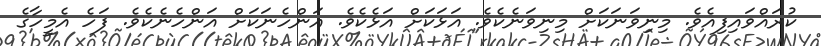
ކުރައްވައިފިއެވެ. މިނިވަނަކަށް މިނިވަނެކެވެ. އަޅަކަށް އަޅެކެވެ. އަންހެނަކަށް އަންހެނެކެވެ. ފަހެ އެމީހާގެ